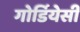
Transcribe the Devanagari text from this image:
गोर्डियेसी